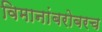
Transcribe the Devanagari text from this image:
विमानांबरोबरच